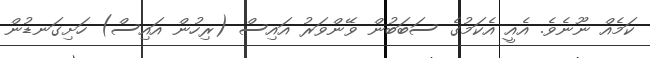
ކަމެއް ނޫނެވެ. އެއީ އެކަމުގެ ސަބަބުން ވޭންވަރު އައިސް (ރިހުން އައިސް) ހަށިގަނޑުން